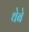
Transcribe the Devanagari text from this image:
थेबे